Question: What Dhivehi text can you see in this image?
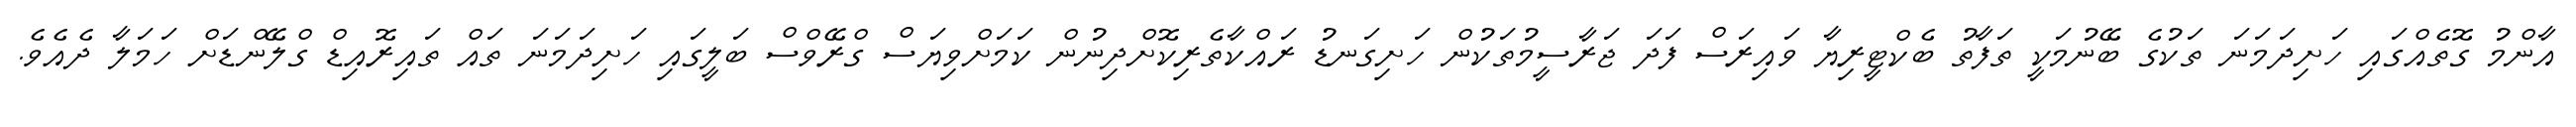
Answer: އާންމު ގޮތެއްގައި ހަށިދަމަނަ ތަކުގެ ބޭނުމަކީ ތަފާތު ބެކްޓީރިޔާ ވައިރަސް ފަދަ ޖަރާސީމުތަކުން ހަށިގަނޑު ރައްކާތެރިކޮށްދިނުން ކަމަށްވިޔަސް ގްރޭވްސް ބަލީގައި ހަށިދަމަނަ ތައް ތައިރޮއިޑް ގްލޭންޑަށް ހަމަލާ ދެއެވެ.